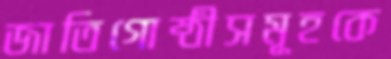
জাতিগোষ্ঠীসমূহকে